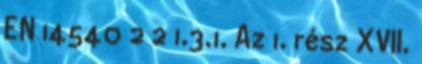
EN 14540 2 2 1.3.1. Az 1. rész XVII.